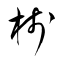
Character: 桟